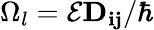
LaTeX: \Omega_{l}=\mathcal{E}\mathbf{D_{ij}}/\hbar